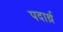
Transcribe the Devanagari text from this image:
पदार्थ़